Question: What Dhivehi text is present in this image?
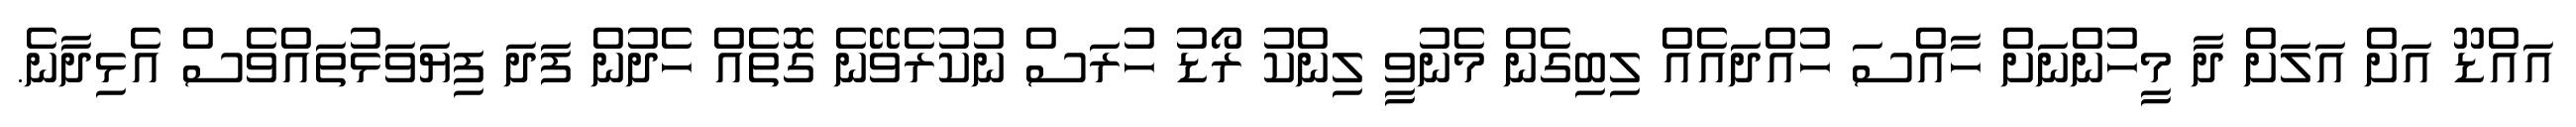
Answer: އައްޑޫ އަށް އަލަށް ދާ މީހުންނަށް ހާއްސަ ހުއްދައެއް ލިބިގެން މެނުވީ ލިންކު ރޯޑު ހުރަސް ނުކުރެވޭނެ ގޮތެއް ހެދުން ފަދަ ފިޔަވަޅުތައްވެސް އެޅިދާނެ.